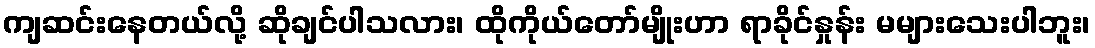
ကျဆင်းနေတယ်လို့ ဆိုချင်ပါသလား၊ ထိုကိုယ်တော်မျိုးဟာ ရာခိုင်နှုန်း မများသေးပါဘူး၊